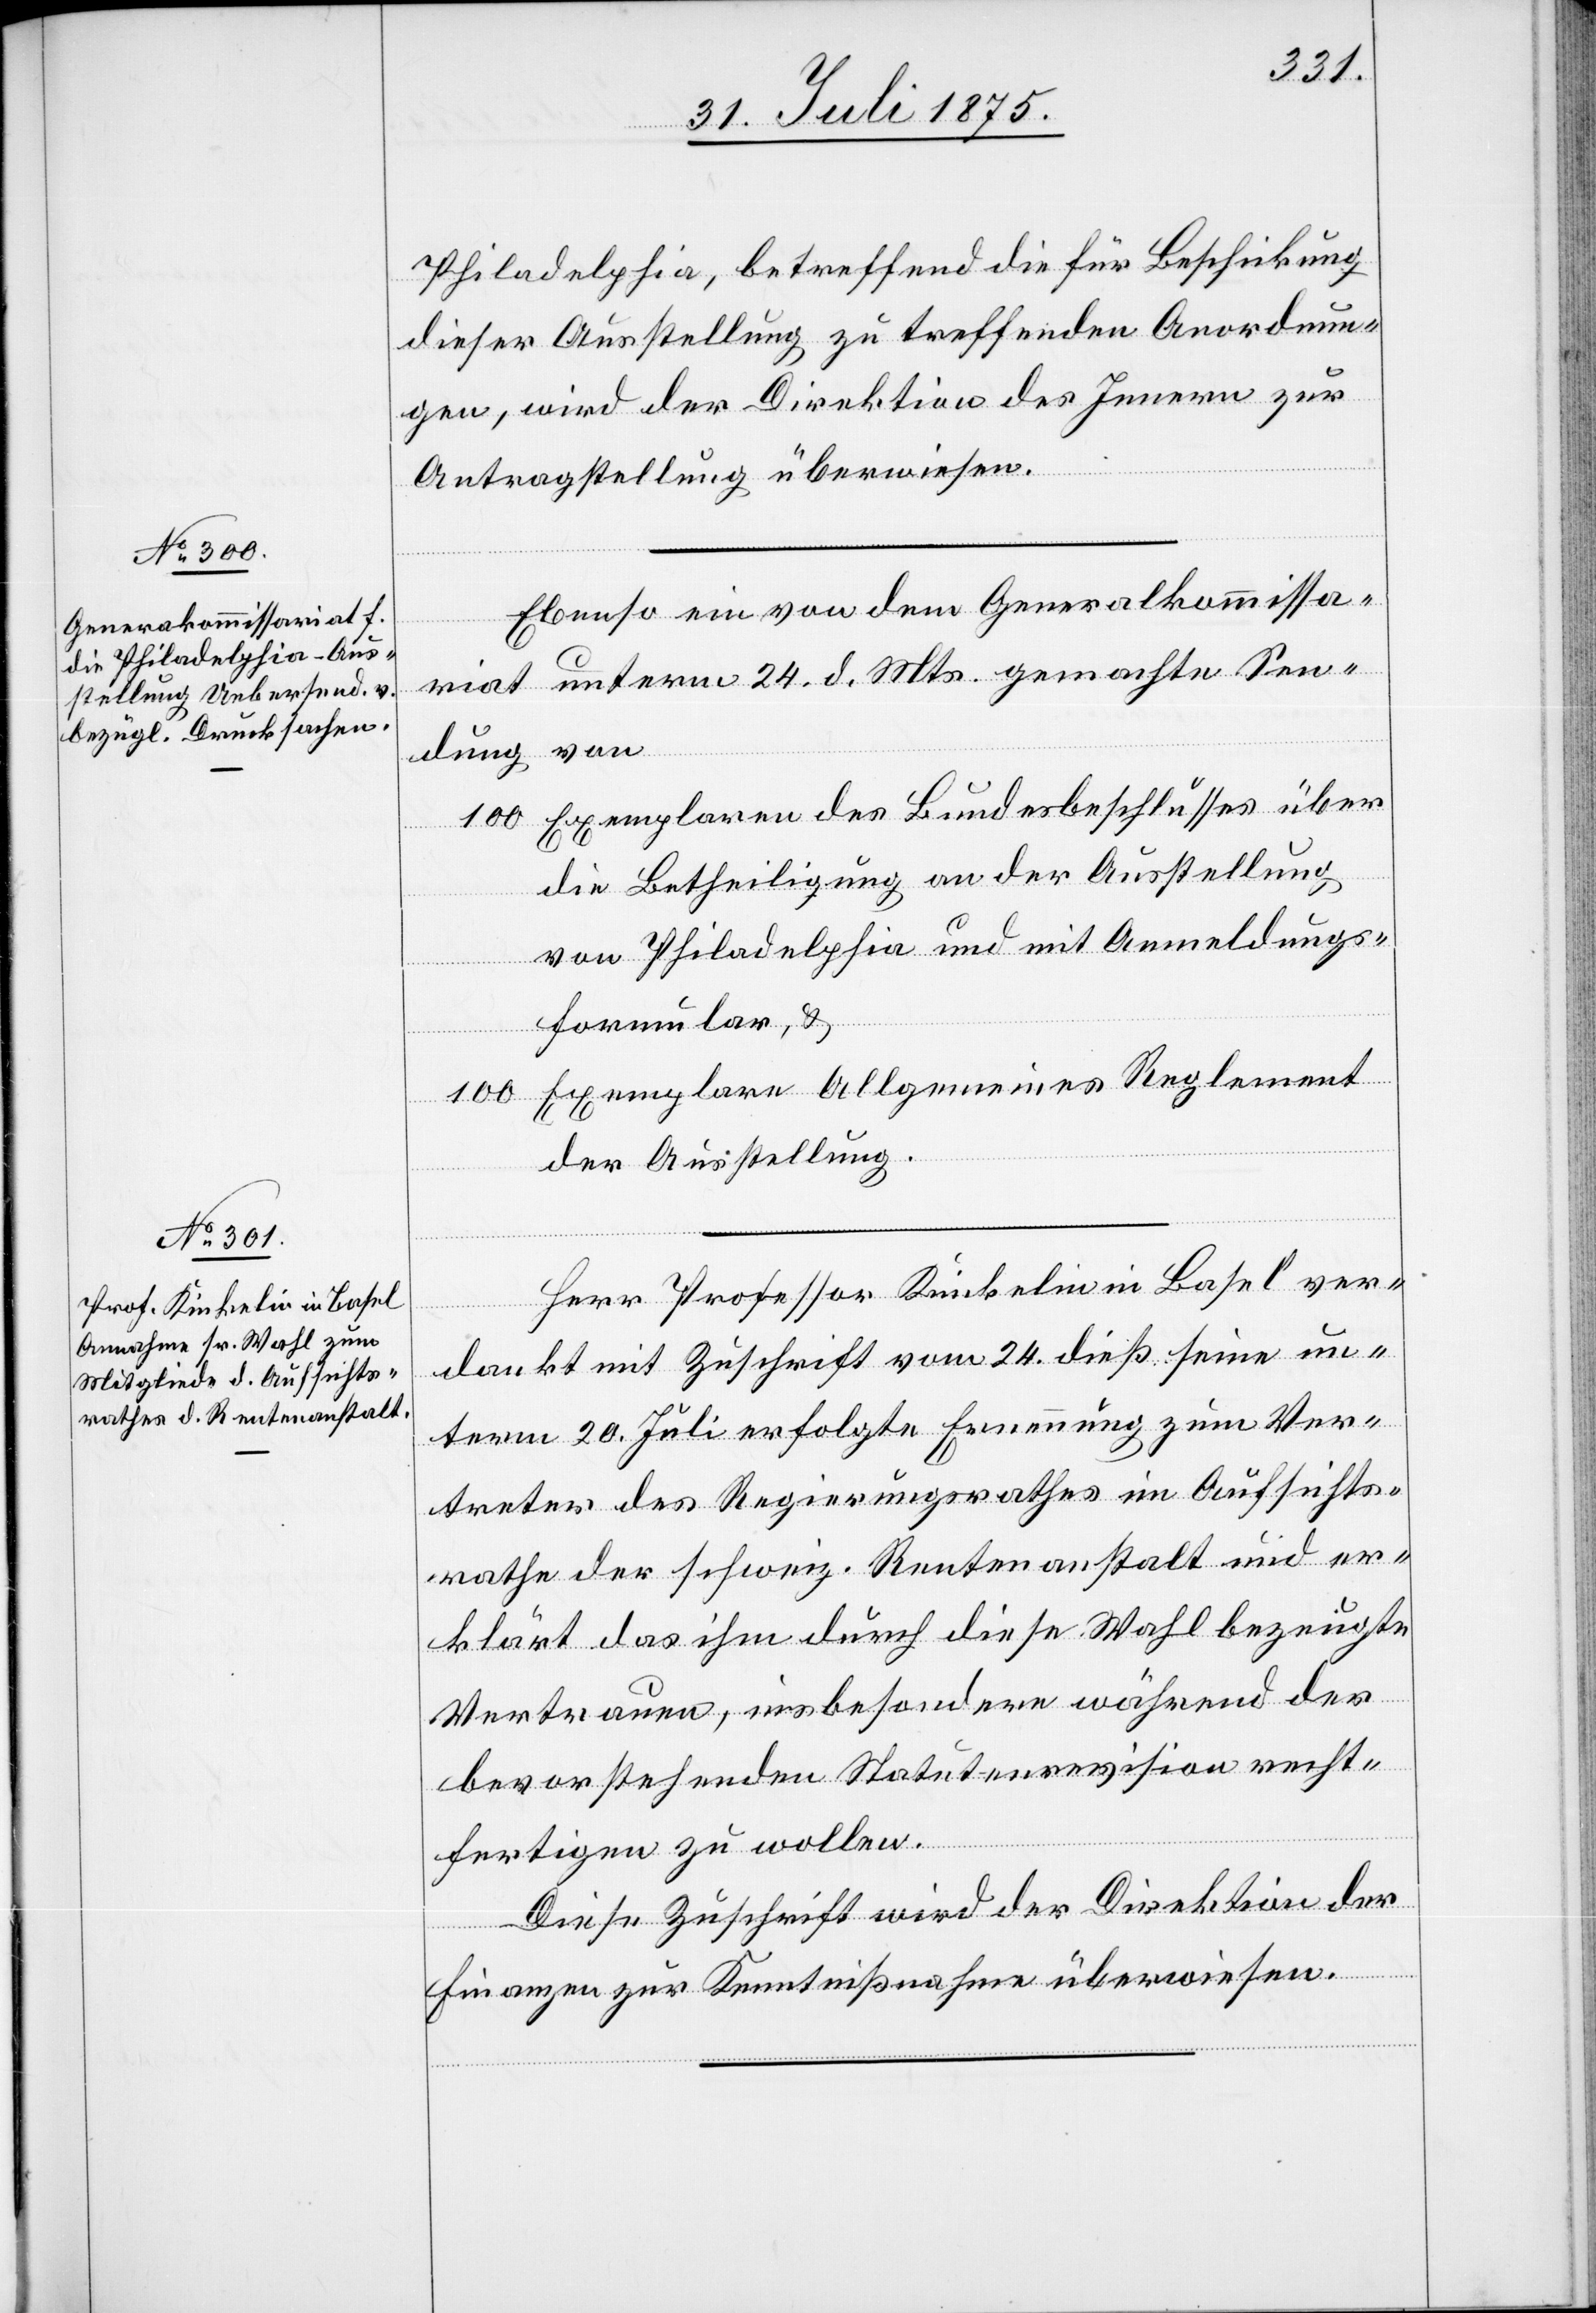
Philadelphia, betreffend die Beschikung
dieser Ausstellung zu treffenden Anordnun¬
gen, wird der Direktion des Innern zur
Antragstellung überwiesen.
Ebenso ein von dem Generalkommissa¬
riat unterm 24. d. Mts. gemachten Sen¬
dung von
100 Exemplaren des Bundesbeschlusses über
die Betheiligung an der Ausstellung
von Philadelphia und mit Anmeldungs¬
formular, &
Exemplare Allgemeines Reglement
100
der Ausstellung.
Herr Professor Kinkelin in Basel ver¬
dankt mit Zuschrift vom 24. dieß seine un¬
term 20. Juli erfolgte Ernennung zu Ver¬
treter des Regierungsrathes im Aufsichts¬
rathe der schweiz. Rentenanstalt und er¬
klärt das ihm durch diese Wahl bezeugte
Vertrauen, insbesondere während des
bevorstehenden Statutenrevision recht¬
fertigen zu wollen.
Diese Zuschrift wird der Direktion der
Finanzen zur Kenntnißnahme überwiesen.